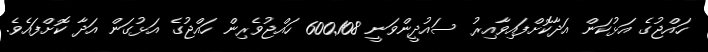
ހައްޖުގެ އަޅުކަން އަދާކޮށްފައިވާއިރު ސައުދީންވަނީ 600